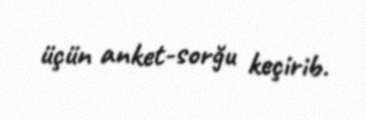
üçün anket-sorğu keçirib.